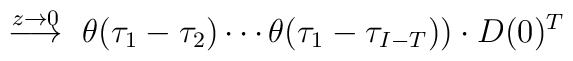
\stackrel{z \to 0}{\longrightarrow}~\theta(\tau_1-\tau_2)\cdots\theta(\tau_1-\tau_{I-T}))\cdot D(0)^T